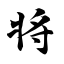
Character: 将